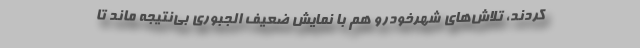
کردند، تلاش‌های شهرخودرو هم با نمایش ضعیف الجبوری بی‌نتیجه ماند تا